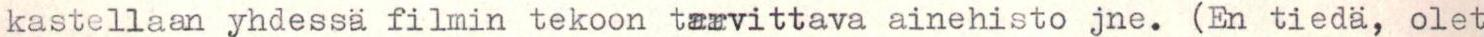
kastellaan yhdessä filmin tekoon tarvittava ainehisto jne. (En tiedä, olet